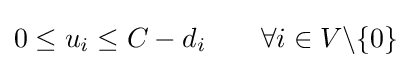
0\leq u_{i}\leq C-d_{i}~~~~~~\forall i\in V\backslash \{0\}